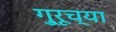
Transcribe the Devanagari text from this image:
गु्रूच्या